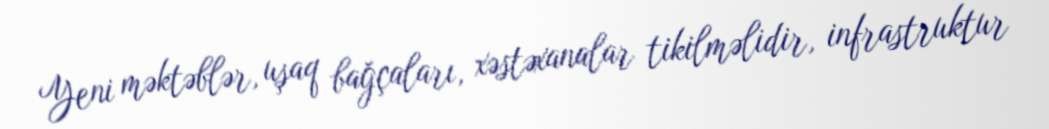
Yeni məktəblər, uşaq bağçaları, xəstəxanalar tikilməlidir, infrastruktur